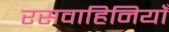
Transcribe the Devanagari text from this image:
रसवाहिनियाँ